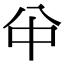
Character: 𠔈